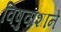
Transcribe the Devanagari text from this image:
विषुवांशाने